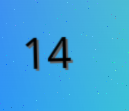
14